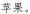
苹果。